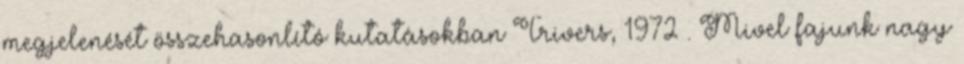
megjelenését összehasonlító kutatásokban Trivers, 1972 . Mivel fajunk nagy